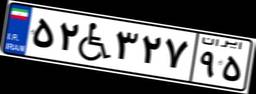
۵۲W۳۲۷۹۵